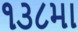
૧૩૮મા